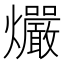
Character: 𰟻